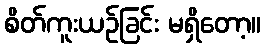
စိတ်ကူးယဉ်ခြင်း မရှိတော့။